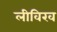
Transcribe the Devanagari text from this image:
लीविख